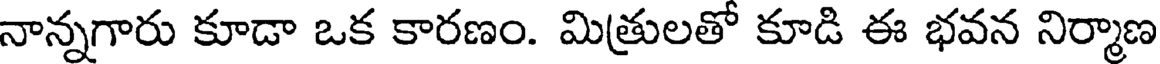
నాన్నగారు కూడా ఒక కారణం. మిత్రులతో కూడి ఈ భవన నిర్మాణ